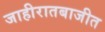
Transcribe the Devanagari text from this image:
जाहीरातबाजीत